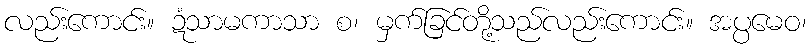
လည်းကောင်း။ ဍံသာမကာသာ စ၊ မှက်ခြင်တို့သည်လည်းကောင်း။ အပ္ပမေဝ၊